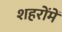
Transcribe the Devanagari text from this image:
शहरोंमें